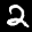
Label: 2